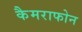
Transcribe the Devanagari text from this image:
कैमराफोन